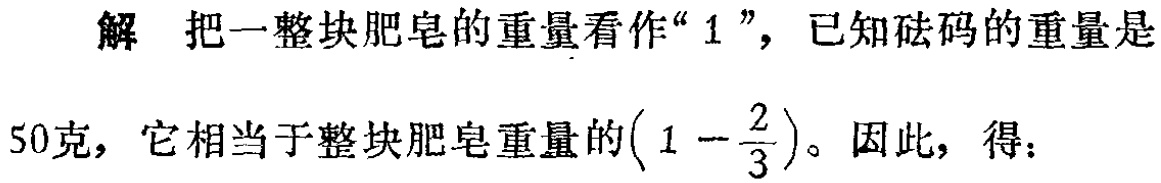
解 把一整块肥皂的重量看作“$1$”，已知砝码的重量是

50克，它相当于整块肥皂重量的$\left(1 - \dfrac{2}{3}\right)$。因此，得：